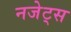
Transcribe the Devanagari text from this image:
नजेट्स